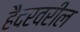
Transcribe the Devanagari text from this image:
हैदरवरील